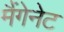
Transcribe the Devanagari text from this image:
मैंगेनेट